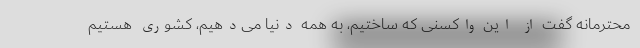
محترمانه گفت از این واکسنی که ساختیم، به همه دنیا می‌دهیم، کشوری هستیم